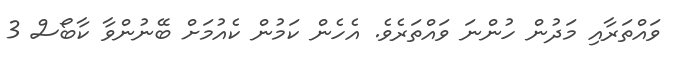
ވައްތަރާއި މަދުން ހުންނަ ވައްތަރެވެ. އެހެން ކަމުން ކެއުމަށް ބޭނުންވާ ކާބޯސް 3